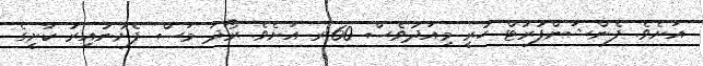
އަށެވެ. ފެންޝަންފުރުޓް ހުރީ މިއަދުވެސް 60.ރ އަށެވެ. ރޯދަ މަސް ފެށުނުއިރު ކާށީގެ